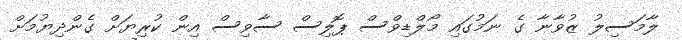
ލާމަސިލު ޒުވާނާ ގެ ނަމުގައި މޯލްޑިވްސް ޕޮލިސް ސާވިސް އިން ކުރިޔަށް ގެންދިޔުމަށް